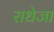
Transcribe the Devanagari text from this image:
राधेजा